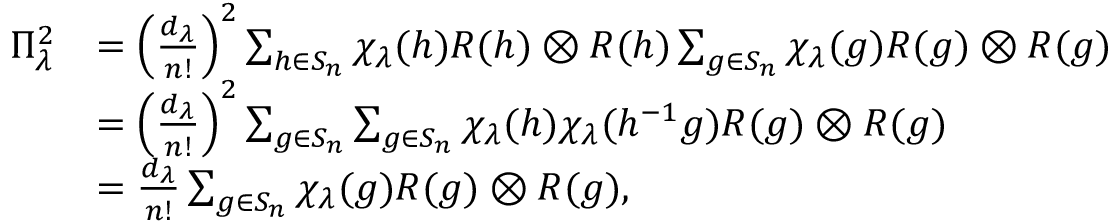
\begin{array} { r l } { \Pi _ { \lambda } ^ { 2 } } & { = \left( \frac { d _ { \lambda } } { n ! } \right) ^ { 2 } \sum _ { h \in S _ { n } } \chi _ { \lambda } ( h ) R ( h ) \otimes R ( h ) \sum _ { g \in S _ { n } } \chi _ { \lambda } ( g ) R ( g ) \otimes R ( g ) } \\ & { = \left( \frac { d _ { \lambda } } { n ! } \right) ^ { 2 } \sum _ { g \in { S _ { n } } } \sum _ { g \in { S _ { n } } } \chi _ { \lambda } ( h ) \chi _ { \lambda } ( h ^ { - 1 } g ) R ( g ) \otimes R ( g ) } \\ & { = { \frac { d _ { \lambda } } { n ! } } \sum _ { g \in S _ { n } } \chi _ { \lambda } ( g ) R ( g ) \otimes R ( g ) , } \end{array}